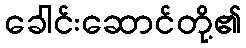
ခေါင်းဆောင်တို့၏